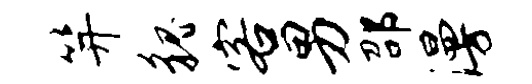
笄貌客男邵漫